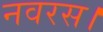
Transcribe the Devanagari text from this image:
नवरस।